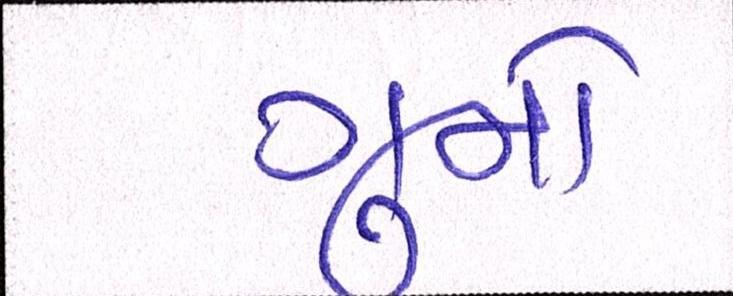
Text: ગુનો